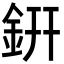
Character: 銒